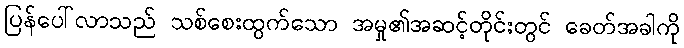
ပြန်ပေါ်လာသည် သစ်စေးထွက်သော အမှု၏အဆင့်တိုင်းတွင် ခေတ်အခါကို